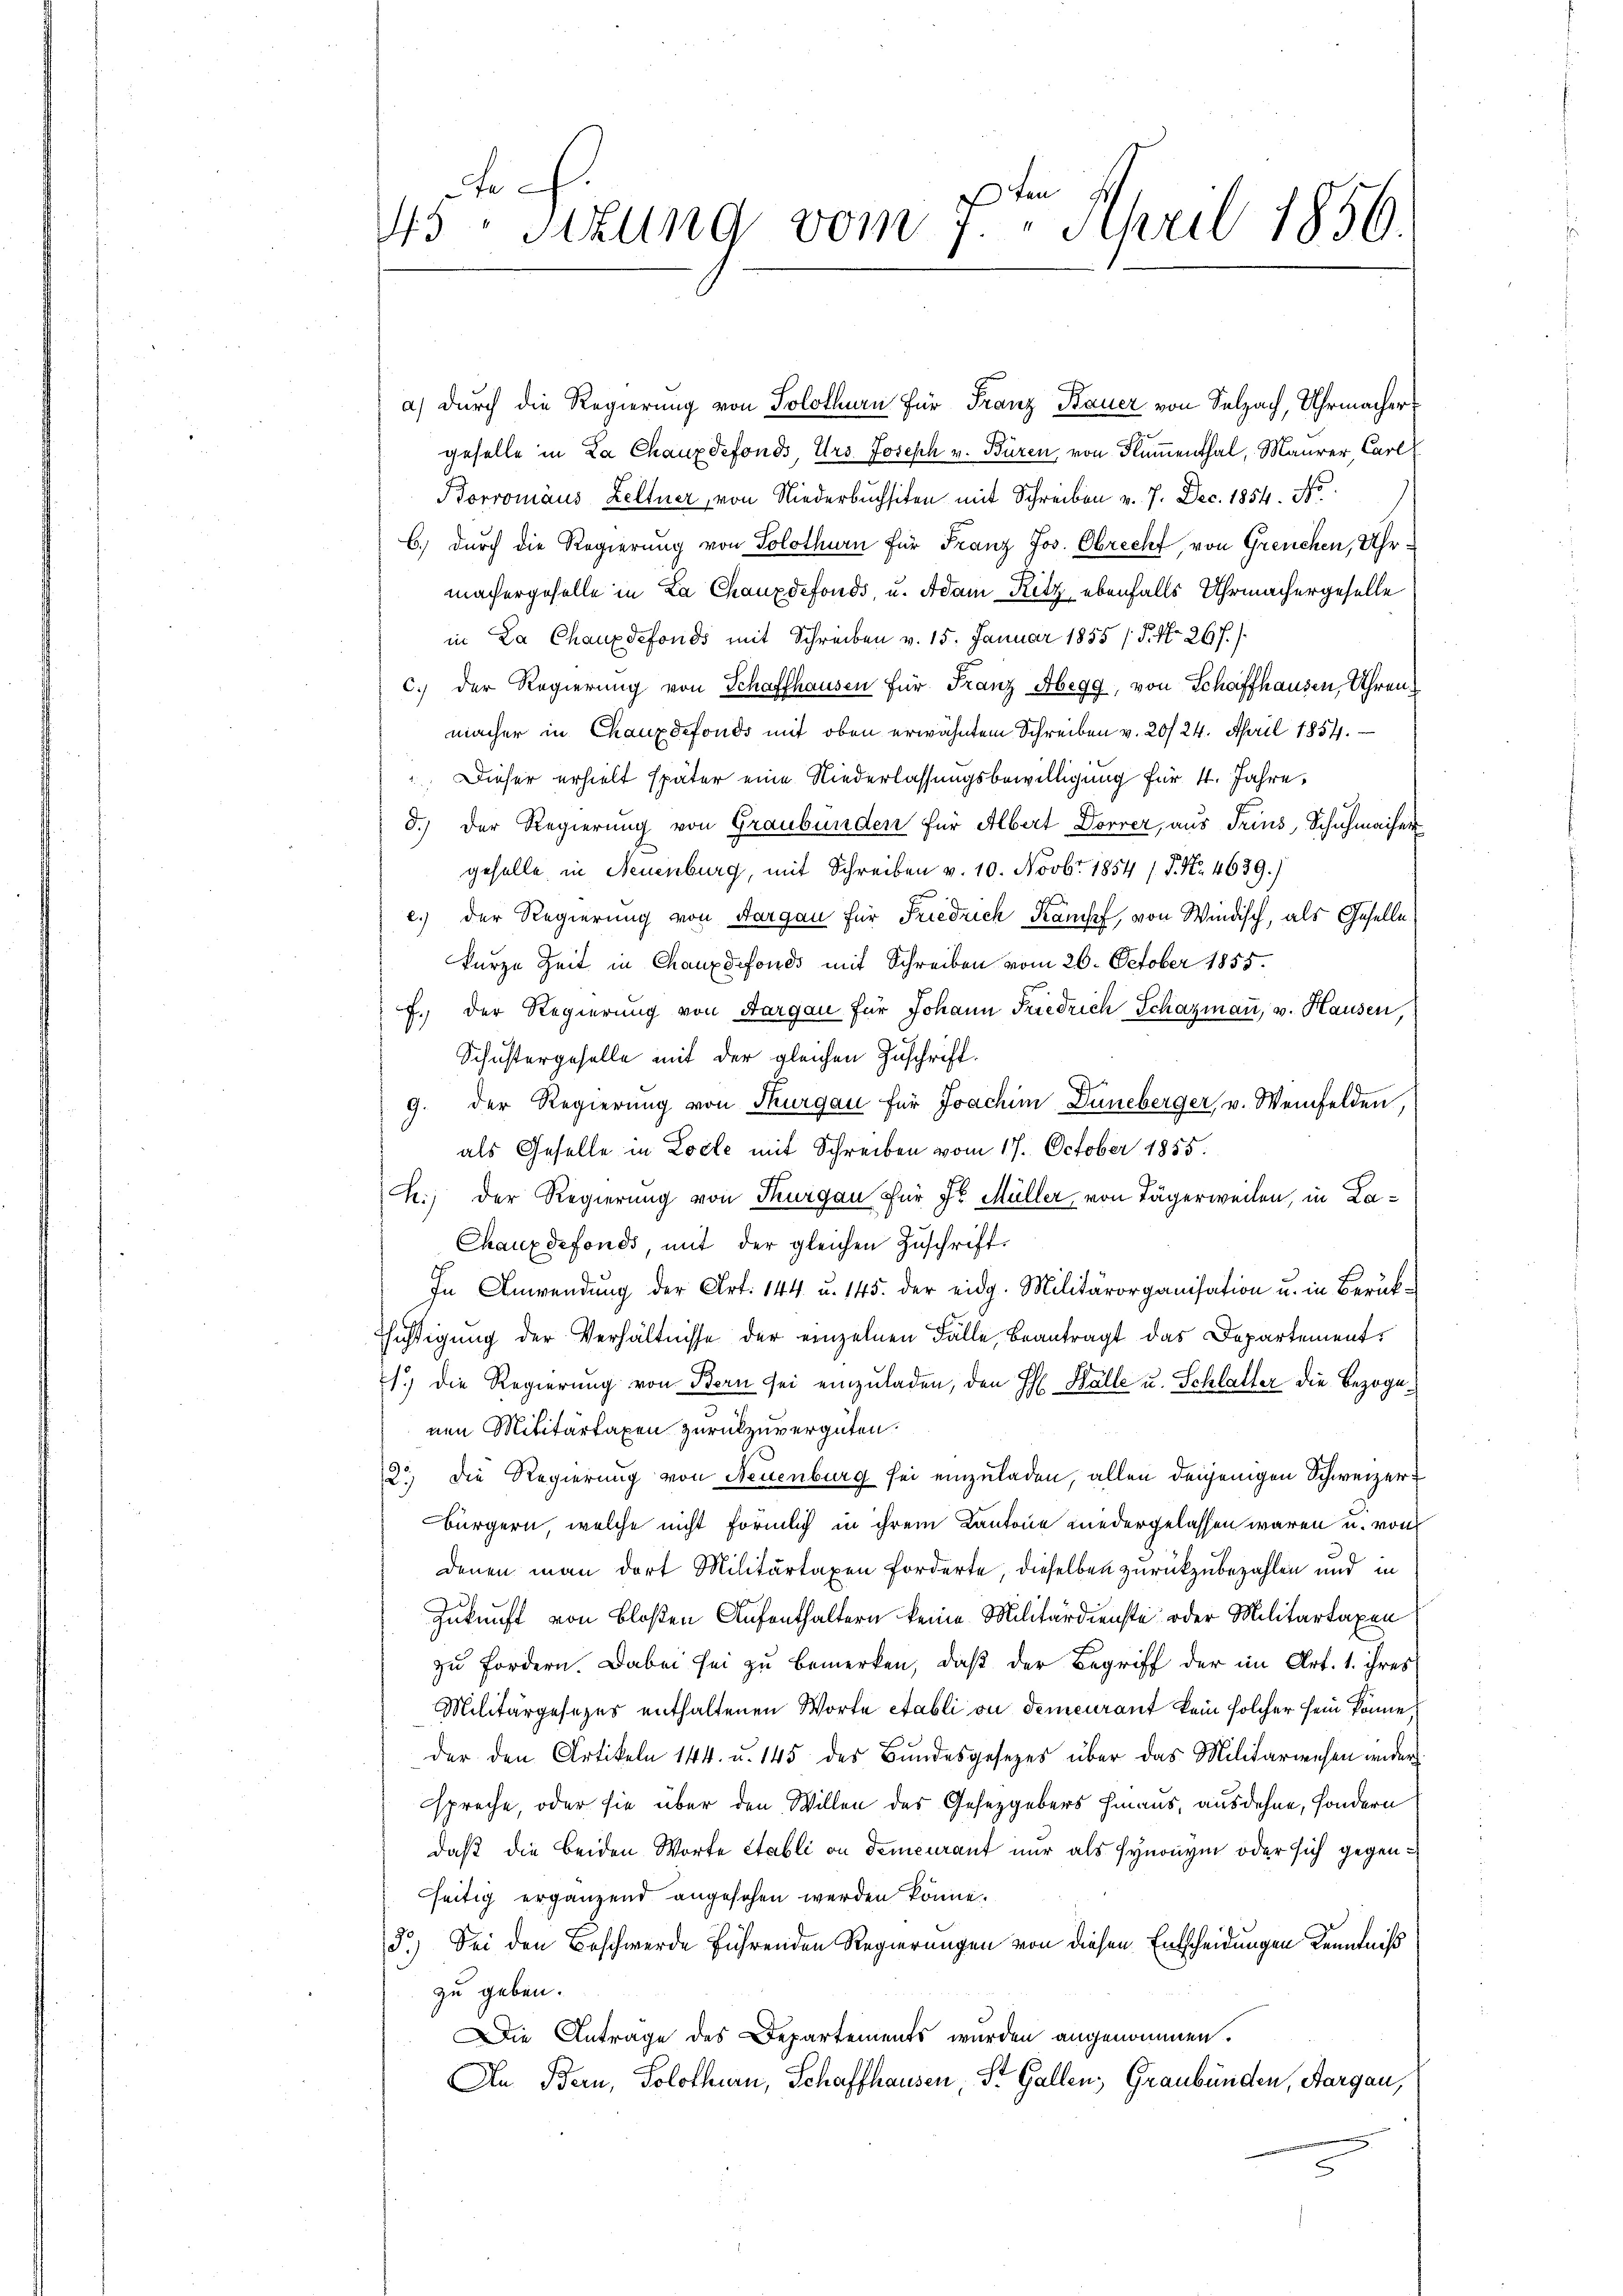
a) durch die Regierung von Solothurn für Franz Bauer von Selzach, Uhrmacher
geselle in La Chauxdefonds, Urs. Joseph v. Büren, von Flumenthal, Maurer, Carl
Borromäus Leltner, von Niederbuchsten mit Schreiben v. 7. Dec. 1854. No
b.) durch die Regierung von Solothurn für Franz Jos. Obrecht, von Greuchen, Uhrmachergeselle in La Chauxdefonds, u. Adam Ritz ebenfalls Uhrmachergeselle
in La Chauxdefonds mit Schreiben v. 15. Januar 1855 (5. No. 267.)
c.) der Regierung von Schaffhausen für Franz Abegg, von Schaffhausen, Uhren,
macher in Chauxdefonds mit oben erwähntem Schreiben v. 20/24. April 1854.
: Dieser erhielt später eine Niederlassungsbewilligung für 4. Jahre,
d.) Der Regierung von Graubünden für Albert Dorrer, aus Trius, Schuhmacher
geselle in Neuenburg, mit Schreiben v. 10. Novbr. 1854 / P. Nr. 4639.)
e.) Der Regierung von Aargau für Friedrich Kampf, von Windisch, als Geselle
kurze Zeit in Chauxdefonds mit Schreiben vom 26. October 1855.
f. der Regierung von Aargau für Johann Friedrich Schazmann, v. Hausen,
Schustergeselle mit der gleichen Zuschrift.
9. der Regierung von Thurgau für Joachim Duneberger v. Weinfelden,
als Geselle in Zolle mit Schreiben vom 17. October 1855.
ch.) Der Regierung von Thurgau für Sr. Müller von Tägerweilen, in La¬
Chauxdefonds, mit der gleichen Zŭschrift-
In Anwendŭng der Art. 144 u. 145. der eidg. Militärorganisation u. in Berük-
Pächtigung der Verhältnisse der einzelnen Fälle, Beantragt das Departements
1.) Die Regierung von Bern sei einzuladen, den H. Fälle u. Schlatter die Bezoge
nen Militärtaxen zurückzuvergüten.
12.) Die Regierung von Neuenburg sei einzuladen, allen denjenigen Schweizerbürgern, welche nicht förmlich in ihrem Kantone niedergelassen waren u. von
denen man dort Militärtaxen forderte, dieselben zurückzubezahlen und in
Zukunft von bloßen Aufenthaltern keine Militärdienste oder Militartaxen
zu fordern. Dabei sei zu bemerken, daß der Begriff der im Art. 1. ihres
Militärgesezes enthaltenen Worte etabli ou demeurant kein solcher sein könne
der den Artikeln 144. u. 145 des Bundesgesetzes über das Militärwesen wieder
spreche, oder sie über den Willen des Gesetzgebers hinaus, ausdehne, sondern
daß die beiden Worte Etabli in demeurant nur als synonym oder sich gegenseitig ergänzend angesehen werden könne.
5.) Sei den Beschwerde führenden Regierungen von diesen Entscheidungen Kenntniß
zu geben.
Die Antrage des Departements wurden angenommen.
An Bern, Solothurn, Schaffhausen, St. Gallen, Graubünden, Aargau,

.
43 sizung vom 7.ten April 1856.